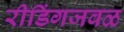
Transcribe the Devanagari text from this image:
रीडिंगजवळ